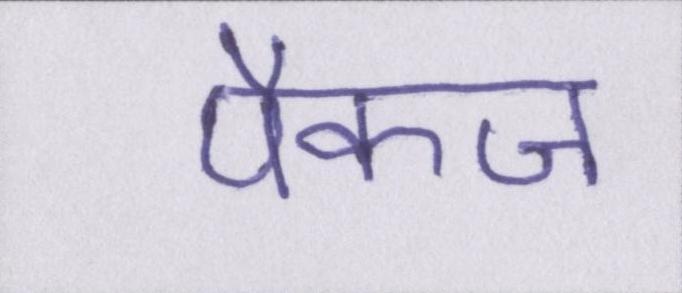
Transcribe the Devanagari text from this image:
पैकज